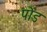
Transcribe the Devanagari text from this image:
पोंड